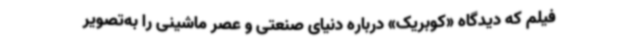
فیلم که دیدگاه «کوبریک» درباره دنیای صنعتی و عصر ماشینی را به‌تصویر